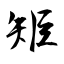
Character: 矩